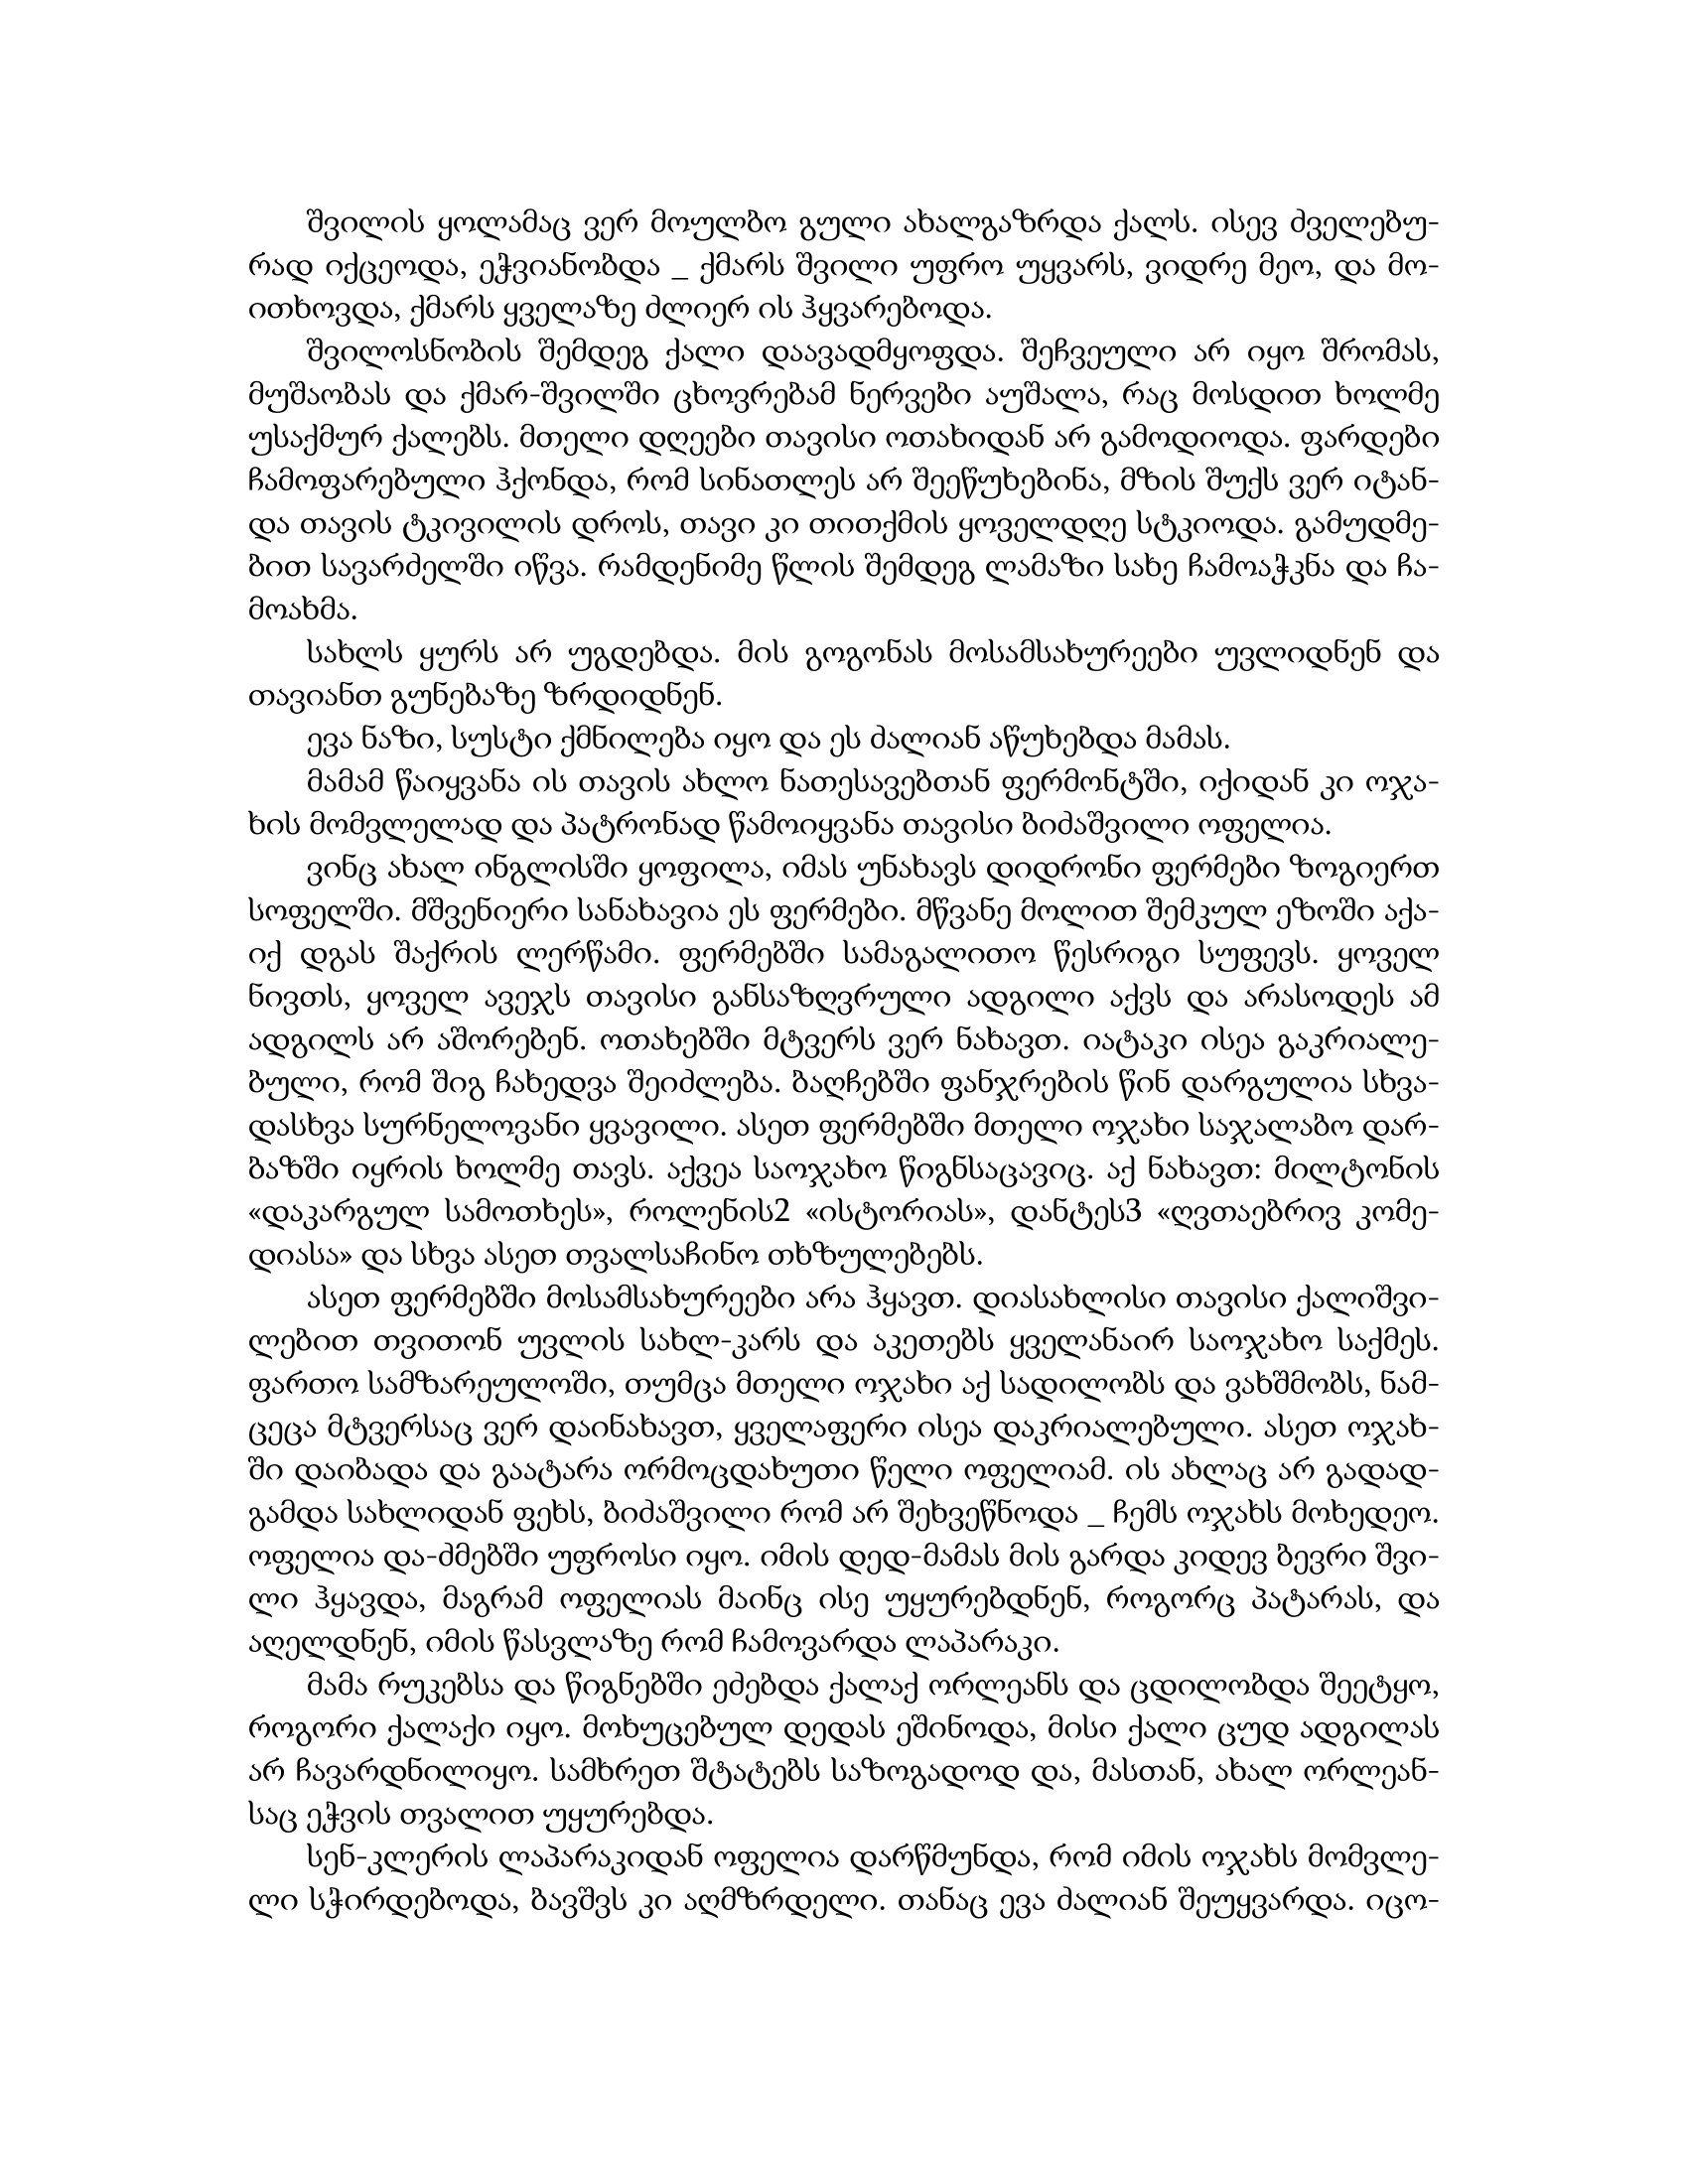
Language: gr